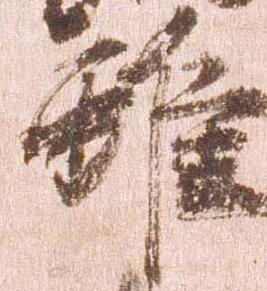
雖